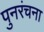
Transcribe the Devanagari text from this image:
पुनरंचना